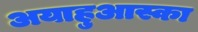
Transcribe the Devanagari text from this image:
अयाहुआस्का